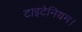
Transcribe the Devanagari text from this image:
टाइटेनियम।